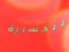
للخسارة